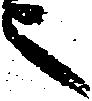
之